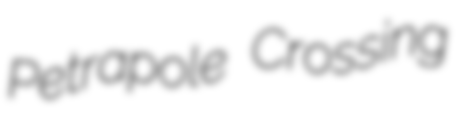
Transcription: Petrapole Crossing